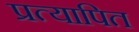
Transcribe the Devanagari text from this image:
प्रत्यापित